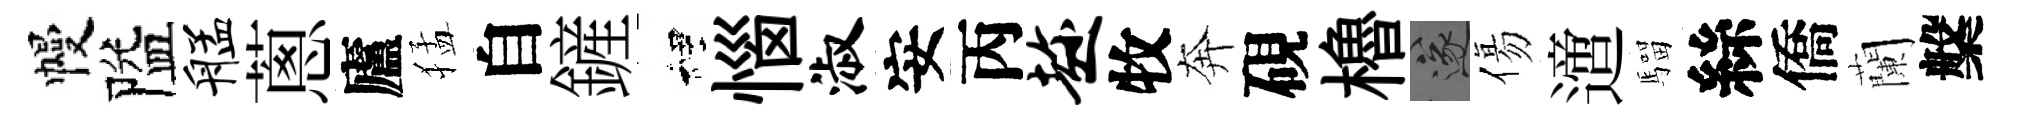
幔隘艋蔥廬猛自鏟裡惱淑安丙趁牧奔硯櫓遂傷𨗁騮絲僑蘭槃